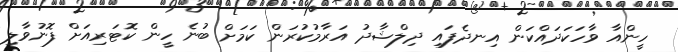
ހީންއާ ވާހަކަދައްކަން އިނދެފައި ދިލްޝާދު އަރާމުކުރަން ކަމަށް ބުނެ ހީން ކޮޓަރިއަށް ފޮނުވާލި